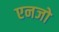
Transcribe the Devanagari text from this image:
एनजो